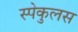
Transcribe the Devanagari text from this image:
स्पेकुलस